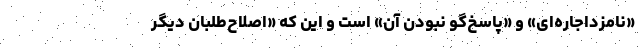
«نامزد‌اجاره‌ای» و «پاسخ‌گو نبودن آن» است و این که «اصلاح‌طلبان دیگر